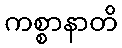
ကစ္စာနာတိ